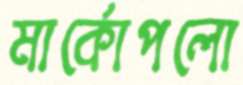
মার্কোপলো